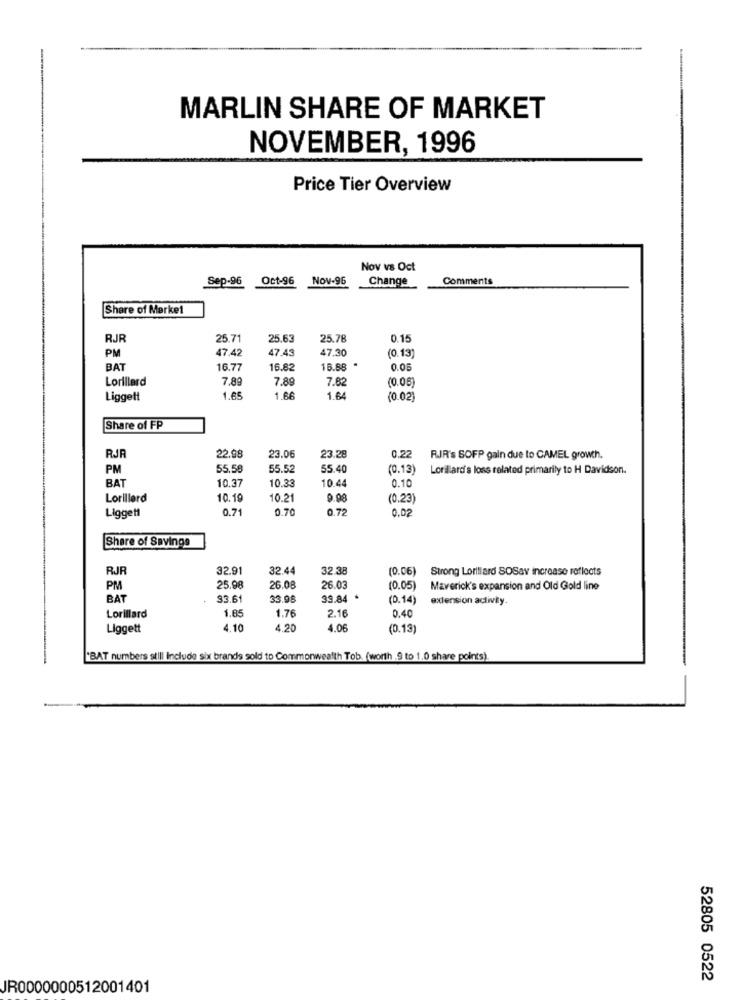
MARLIN SHARE OF MARKET
NOVEMBER, 1996
Price Tier Overview
Nov vs Oct
Sep-96
Oct-96
Nov-96
Change
Comments
Share of Merke1
RJR
25.71
25.63
25.78
0.15
PM
47.42
47.43
47.30
(0.13)
BAT
16.77
16.82
15.88 "
0.05
Lorillard
7.8
7.89
7.82
(0.05)
Liggett
1.65
1.66
1.64
(0.02)
Share of FP
RJR
22.98
23.06
23.28
0.22
RJR's SOFP gain due to CAMEL growth.
PM
55.58
55.52
55.40
(0.13)
Lorillard's loss related primarily to H Davidson.
BAT
10.37
10.33
10.44
0.10
Lorillard
10.19
10.21
9.08
(0.23)
Liggett
0.71
0.70
0.72
0.0
Share of Savings
RJF
32.91
32.44
32.38
(0.06)
Strong Lorillard SOSav increase reflects
PM
25.98
26.08
26.03
(0.05)
Maverick's expansion and Old Gold line
BAT
83.61
33.96
39.84
(D.14)
extension activity.
1.85
1.76
2.16
0.40
Lorillard
Liggett
4.10
4.20
4.06
(0.13
"BAT numbers still Include six brands sold to Commonwealth Tob. (worth .9 to 1.0 share points)
52805 0522
JR0000000512001401